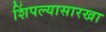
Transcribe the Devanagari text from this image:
शिंपल्यासारखा